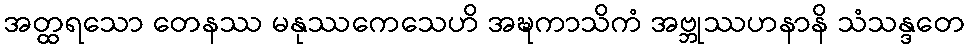
အတ္ထရသော တေနဿ မနုဿကေသေဟိ အဍ္ဎကာသိကံ အဗ္ဘုဿဟနာနိ သံသန္ဒတေ